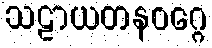
သဠာယတနဝဂ္ဂေ